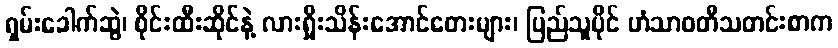
ရှမ်းခေါက်ဆွဲ၊ စိုင်းထီးဆိုင်နဲ့ လားရှိုးသိန်းအောင်တေးများ၊ ပြည်သူပိုင် ဟံသာဝတီသတင်းစာက